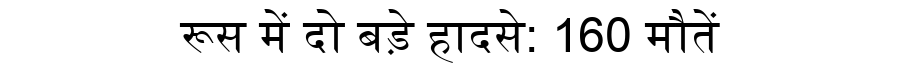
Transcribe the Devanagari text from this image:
रूस में दो बड़े हादसे: 160 मौतें